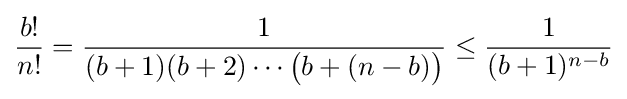
{\frac {b!}{n!}}={\frac {1}{(b+1)(b+2)\cdots {\big (}b+(n-b){\big )}}}\leq {\frac {1}{(b+1)^{n-b}}}